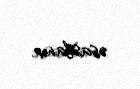
əsaslanır.